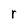
Character: r